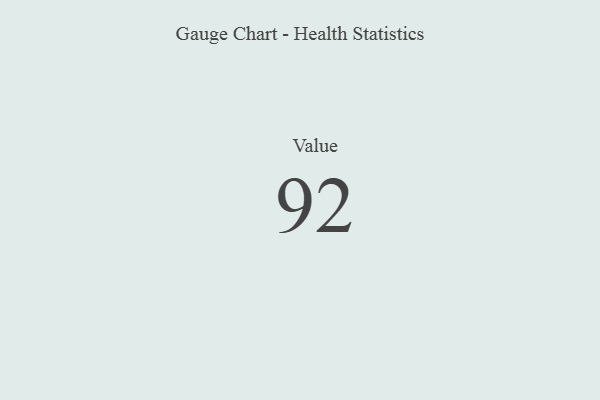
{"axis": {"x": "Metric", "y": "Value"}, "legend": [""], "data": [{"x": "Value", "y": 92, "type": ""}]}